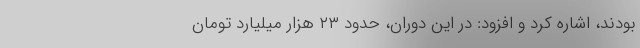
بودند، اشاره کرد و افزود: در این دوران، حدود ۲۳ هزار میلیارد تومان